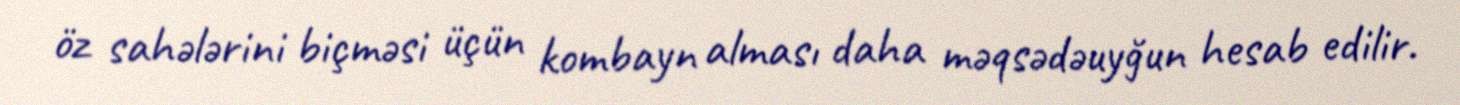
öz sahələrini biçməsi üçün kombayn alması daha məqsədəuyğun hesab edilir.